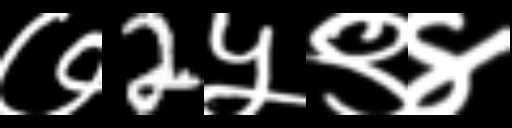
Text: ७2५९४